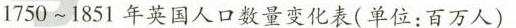
1750~1851年英国人口数量变化表(单位：百万人)